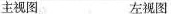
主视图 左视图